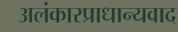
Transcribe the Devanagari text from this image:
अलंकारप्राधान्यवाद